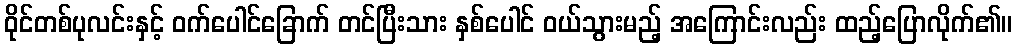
ဝိုင်တစ်ပုလင်းနှင့် ဝက်ပေါင်ခြောက် တင်ပြီးသား နှစ်ပေါင် ဝယ်သွားမည့် အကြောင်းလည်း ထည့်ပြောလိုက်၏။